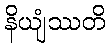
နိယျံဿတိ